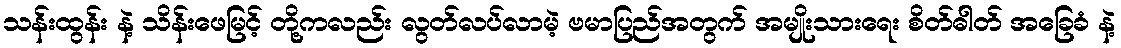
သန်းထွန်း နဲ့ သိန်းဖေမြင့် တို့ကလည်း လွတ်လပ်လာမဲ့ ဗမာပြည်အတွက် အမျိုးသားရေး စိတ်ဓါတ် အခြေခံ နဲ့